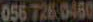
0567260460